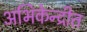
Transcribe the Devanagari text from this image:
अभिकेन्द्रीत